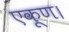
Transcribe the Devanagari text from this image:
एकूण।